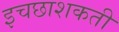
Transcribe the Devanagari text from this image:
इचछाशकती